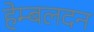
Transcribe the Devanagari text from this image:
हेम्बलदन